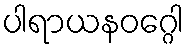
ပါရာယနဝဂ္ဂေါ